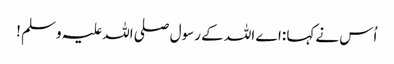
اُس نےکہا :اے اللہ کے رسول صلی اللہ علیہ وسلم !